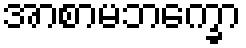
အာစာမဘက္ခော